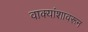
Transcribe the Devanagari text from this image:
वाक्यांशावरून